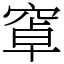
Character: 窧